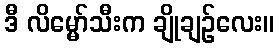
ဒီ လိမ္မော်သီးက ချိုချဉ်လေး။